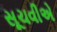
સૂચવીએ